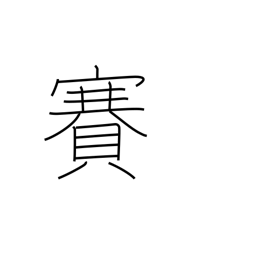
Meaning: temple visit